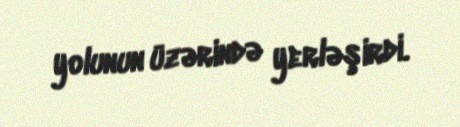
yolunun üzərində yerləşirdi.